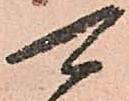
可